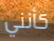
كأنني